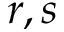
r , s